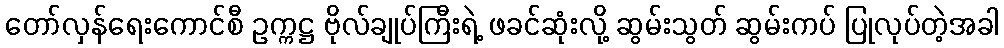
တော်လှန်ရေးကောင်စီ ဥက္ကဋ္ဌ ဗိုလ်ချုပ်ကြီးရဲ့ ဖခင်ဆုံးလို့ ဆွမ်းသွတ် ဆွမ်းကပ် ပြုလုပ်တဲ့အခါ